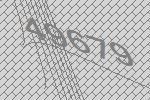
49679